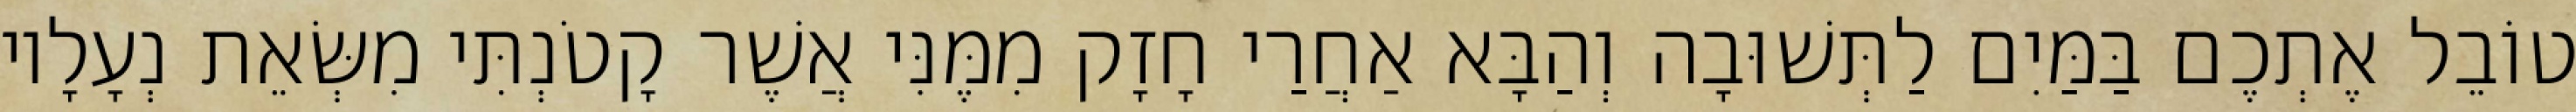
טוֹבֵל אֶתְכֶם בַּמַּיִם לַתְּשׁוּבָה וְהַבָּא אַחֲרַי חָזָק מִמֶּנִּי אֲשֶׁר קָטֹנְתִּי מִשְּׂאֵת נְעָלָיו